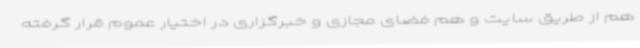
هم از طریق سایت و هم فضای مجازی و خبرگزاری در اختیار عموم قرار گرفته